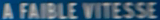
A FAIBLE VITESSE